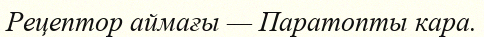
Рецептор аймағы — Паратопты кара.